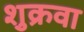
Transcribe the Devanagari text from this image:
शुक्रवा